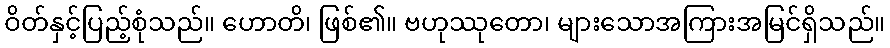
ဝိတ်နှင့်ပြည့်စုံသည်။ ဟောတိ၊ ဖြစ်၏။ ဗဟုဿုတော၊ များသောအကြားအမြင်ရှိသည်။